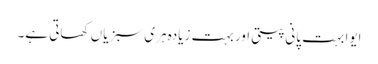
ایوا بہت پانی پیتی اور بہت زیادہ ہری سبزیاں کھاتی ہے۔